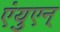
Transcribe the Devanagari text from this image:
एंयुएन्